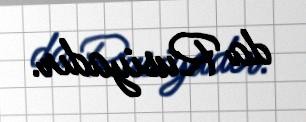
da Rusiyadır.